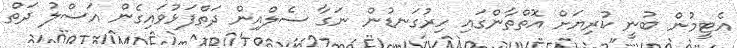
އެޓީމުން ބުނީ ކުރިޔަށް އޮތްތާންގައި ހިރުގަނޑުން ނަގާ ސެލްއިން ދަތްފަޅުވައިގެން އަސްލު ދަތް